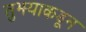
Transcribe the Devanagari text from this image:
तुझ्याकडून